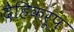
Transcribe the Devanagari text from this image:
दैहिकरूप